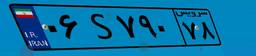
۰۶S۷۹۰۷۸